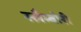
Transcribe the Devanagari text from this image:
स्लैम्बोरी